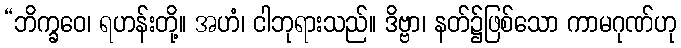
“ဘိက္ခဝေ၊ ရဟန်းတို့။ အဟံ၊ ငါဘုရားသည်။ ဒိဗ္ဗာ၊ နတ်၌ဖြစ်သော ကာမဂုဏ်ဟု